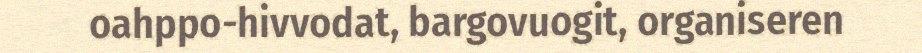
oahppo-hivvodat, bargovuogit, organiseren